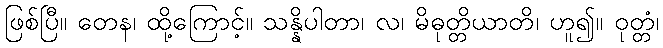
ဖြစ်ပြီ။ တေန၊ ထို့ကြောင့်။ သန္နိပါတာ၊ လ၊ မိဓုတ္တိယာတိ၊ ဟူ၍။ ဝုတ္တံ၊